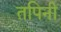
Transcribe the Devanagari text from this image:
तपिनी